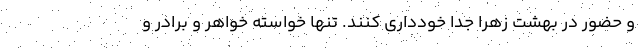
و حضور در بهشت زهرا جدا خودداری کنند. تنها خواسته خواهر و برادر و